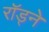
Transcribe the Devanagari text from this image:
राॅड्ने